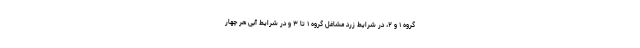
گروه ۱ و ۲، در شرایط زرد مشاغل گروه ۱ تا ۳ و در شرایط آبی هر چهار